Report of an investigation into the causes of malaria in Bombay and the measures necessary for its control
Disease focus: Malaria
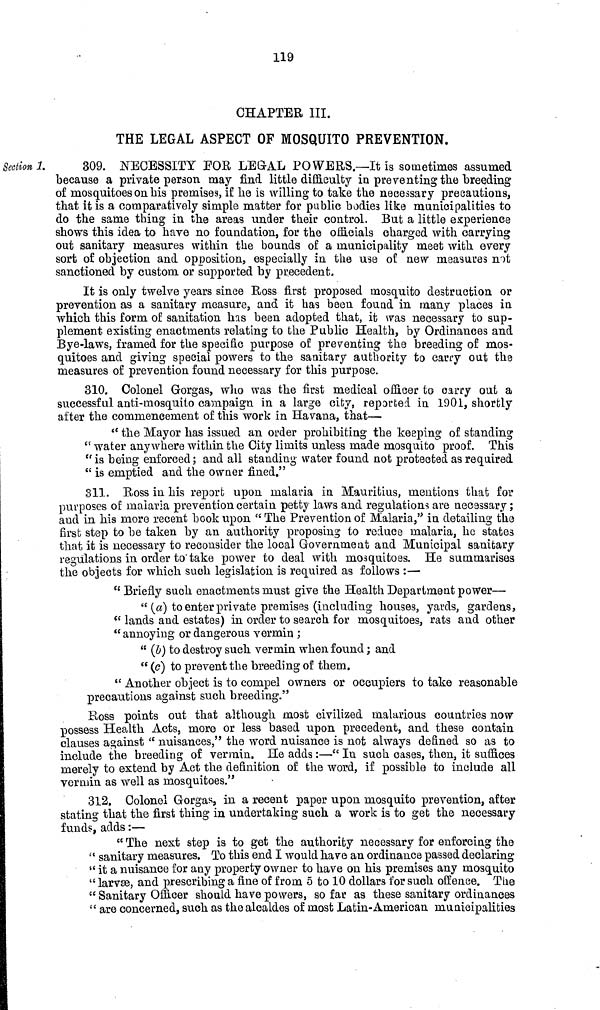
119
CHAPTER III.
THE LEGAL ASPECT OF MOSQUITO PREVENTION.
Section 1.
309. NECESSITY FOR, LEGAL POWERS.—It is sometimes assumed
because a private person may find little difficulty in preventing the breeding
of mosquitoes on bis premises, if be is willing to take the necessary precautions,
that it is a comparatively simple matter for public bodies like municipalities to
do the same thing in the areas under their control. But a little experience
shows this idea to have no foundation, for the officials charged with carrying
out sanitary measures within the bounds of a municipality meet with every
sort of objection and opposition, especially in the use of new measures not
sanctioned by custom or supported by precedent-
It is only twelve years since Ross first proposed mosquito destruction or
prevention as a sanitary measure, and it has been found in many places in
which this form of sanitation has been adopted that, it was necessary to sup-
plement existing enactments relating to the Public Health, by Ordinances and
Bye-laws, framed for the specific purpose of preventing the breeding of mos-
quitoes and giving special powers to the sanitary authority to carry out the
measures of prevention found necessary for this purpose.
310. Colonel Gorgas, who was the first medical officer to carry out a
successful anti-mosquito campaign in a large city, reported in 1901, shortly
after the commencement of this work in Havana, that—
" the Mayor has issued an order prohibiting the keeping of standing
" water anywhere within the City limits unless made mosquito" proof. This
" is being enforced; and all standing water found not protected as required
" is emptied and the owner fined."
311. Ross in his report upon malaria in Mauritius, mentions that for
purposes of malaria prevention certain petty laws and regulations are necessary;
and in his more recent book upon " The Prevention of Malaria," in detailing the
first step to be taken by an authority proposing to reduce malaria, he states
that it is necessary to reconsider the local Government and Municipal sanitary
regulations in order to take power to deal with mosquitoes. He summarises
the objects for which such legislation is required as follows :—
"Briefly such enactments must give the Health Department power—
" (a) to enter private premises (including houses, yards, gardens,
" lands and estates) in order to search for mosquitoes, rats and other
" annoying or dangerous vermin ;
" (b) to destroy such vermin when found; and
" (c) to prevent the breeding of them.
" Another object is to compel owners or occupiers to take reasonable
precautions against such breeding."
Ross points out that although most civilized malarious countries now
possess Health Acts, more or less based upon precedent, and these contain
clauses against " nuisances," the word nuisance is not always defined so as to
include the breeding of vermin. He adds:—" In such cases, then, it suffices
merely to extend by Act the definition of the word, if possible to include all
vermin as well as mosquitoes."
312. Colonel Gorgas, in a recent paper upon mosquito prevention, after
stating that the first thing in undertaking such a work is to get the necessary
funds, adds:—
" The next step is to get the authority necessary for enforcing the
" sanitary measures. To this end I would have an ordinance passed declaring
" it a nuisance for any property owner to have on his premises any mosquito
" larvae, and prescribing a fine of from 5 to 10 dollars for such offence. The
" Sanitary Officer should have powers, so far as these sanitary ordinances
" are concerned, such as the alcaldes of most Latin-American municipalities